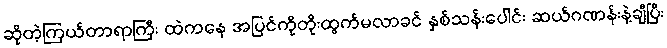
ဆိုတဲ့ကြယ်တာရာကြီး ထဲကနေ အပြင်ကိုတိုးထွက်မလာခင် နှစ်သန်းပေါင်း ဆယ်ဂဏန်းနဲ့ချီပြီး